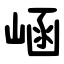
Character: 崡